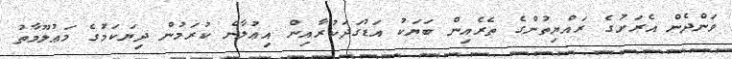
ވަންދެން އެރަށުގެ ރައްޔިތުންގެ ތެރެއިން ބަޔަކު އަޑުގަދަކުރާއިން އިޢުލާން ކުރަމުން ދިޔަކަމުގެ މަޢުލޫމާތު